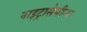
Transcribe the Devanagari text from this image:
नाइट्रासेमीन्स